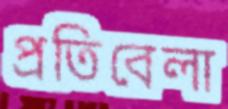
প্রতিবেলা